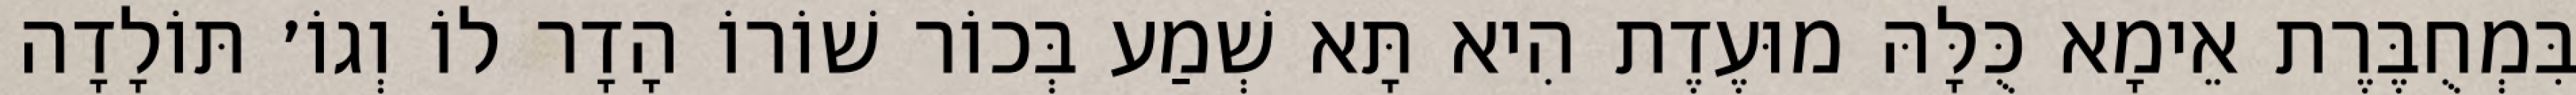
בִּמְחֻבֶּרֶת אֵימָא כֻּלָּהּ מוּעֶדֶת הִיא תָּא שְׁמַע בְּכוֹר שׁוֹרוֹ הָדָר לוֹ וְגוֹ׳ תּוֹלָדָה